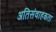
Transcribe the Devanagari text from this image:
अतिसंवाहकता